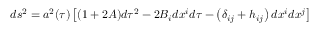
d s ^ { 2 } = a ^ { 2 } ( \tau ) \left[ ( 1 + 2 A ) d \tau ^ { 2 } - 2 B _ { i } d x ^ { i } d \tau - \left( \delta _ { i j } + h _ { i j } \right) d x ^ { i } d x ^ { j } \right]